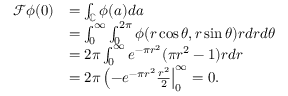
\begin{array} { r l } { \mathcal { F } \phi ( 0 ) } & { = \int _ { \mathbb { C } } \phi ( a ) d a } \\ & { = \int _ { 0 } ^ { \infty } \int _ { 0 } ^ { 2 \pi } \phi ( r \cos \theta , r \sin \theta ) r d r d \theta } \\ & { = 2 \pi \int _ { 0 } ^ { \infty } e ^ { - \pi r ^ { 2 } } ( \pi r ^ { 2 } - 1 ) r d r } \\ & { = 2 \pi \left( - e ^ { - \pi r ^ { 2 } } \frac { r ^ { 2 } } { 2 } \right| _ { 0 } ^ { \infty } = 0 . } \end{array}